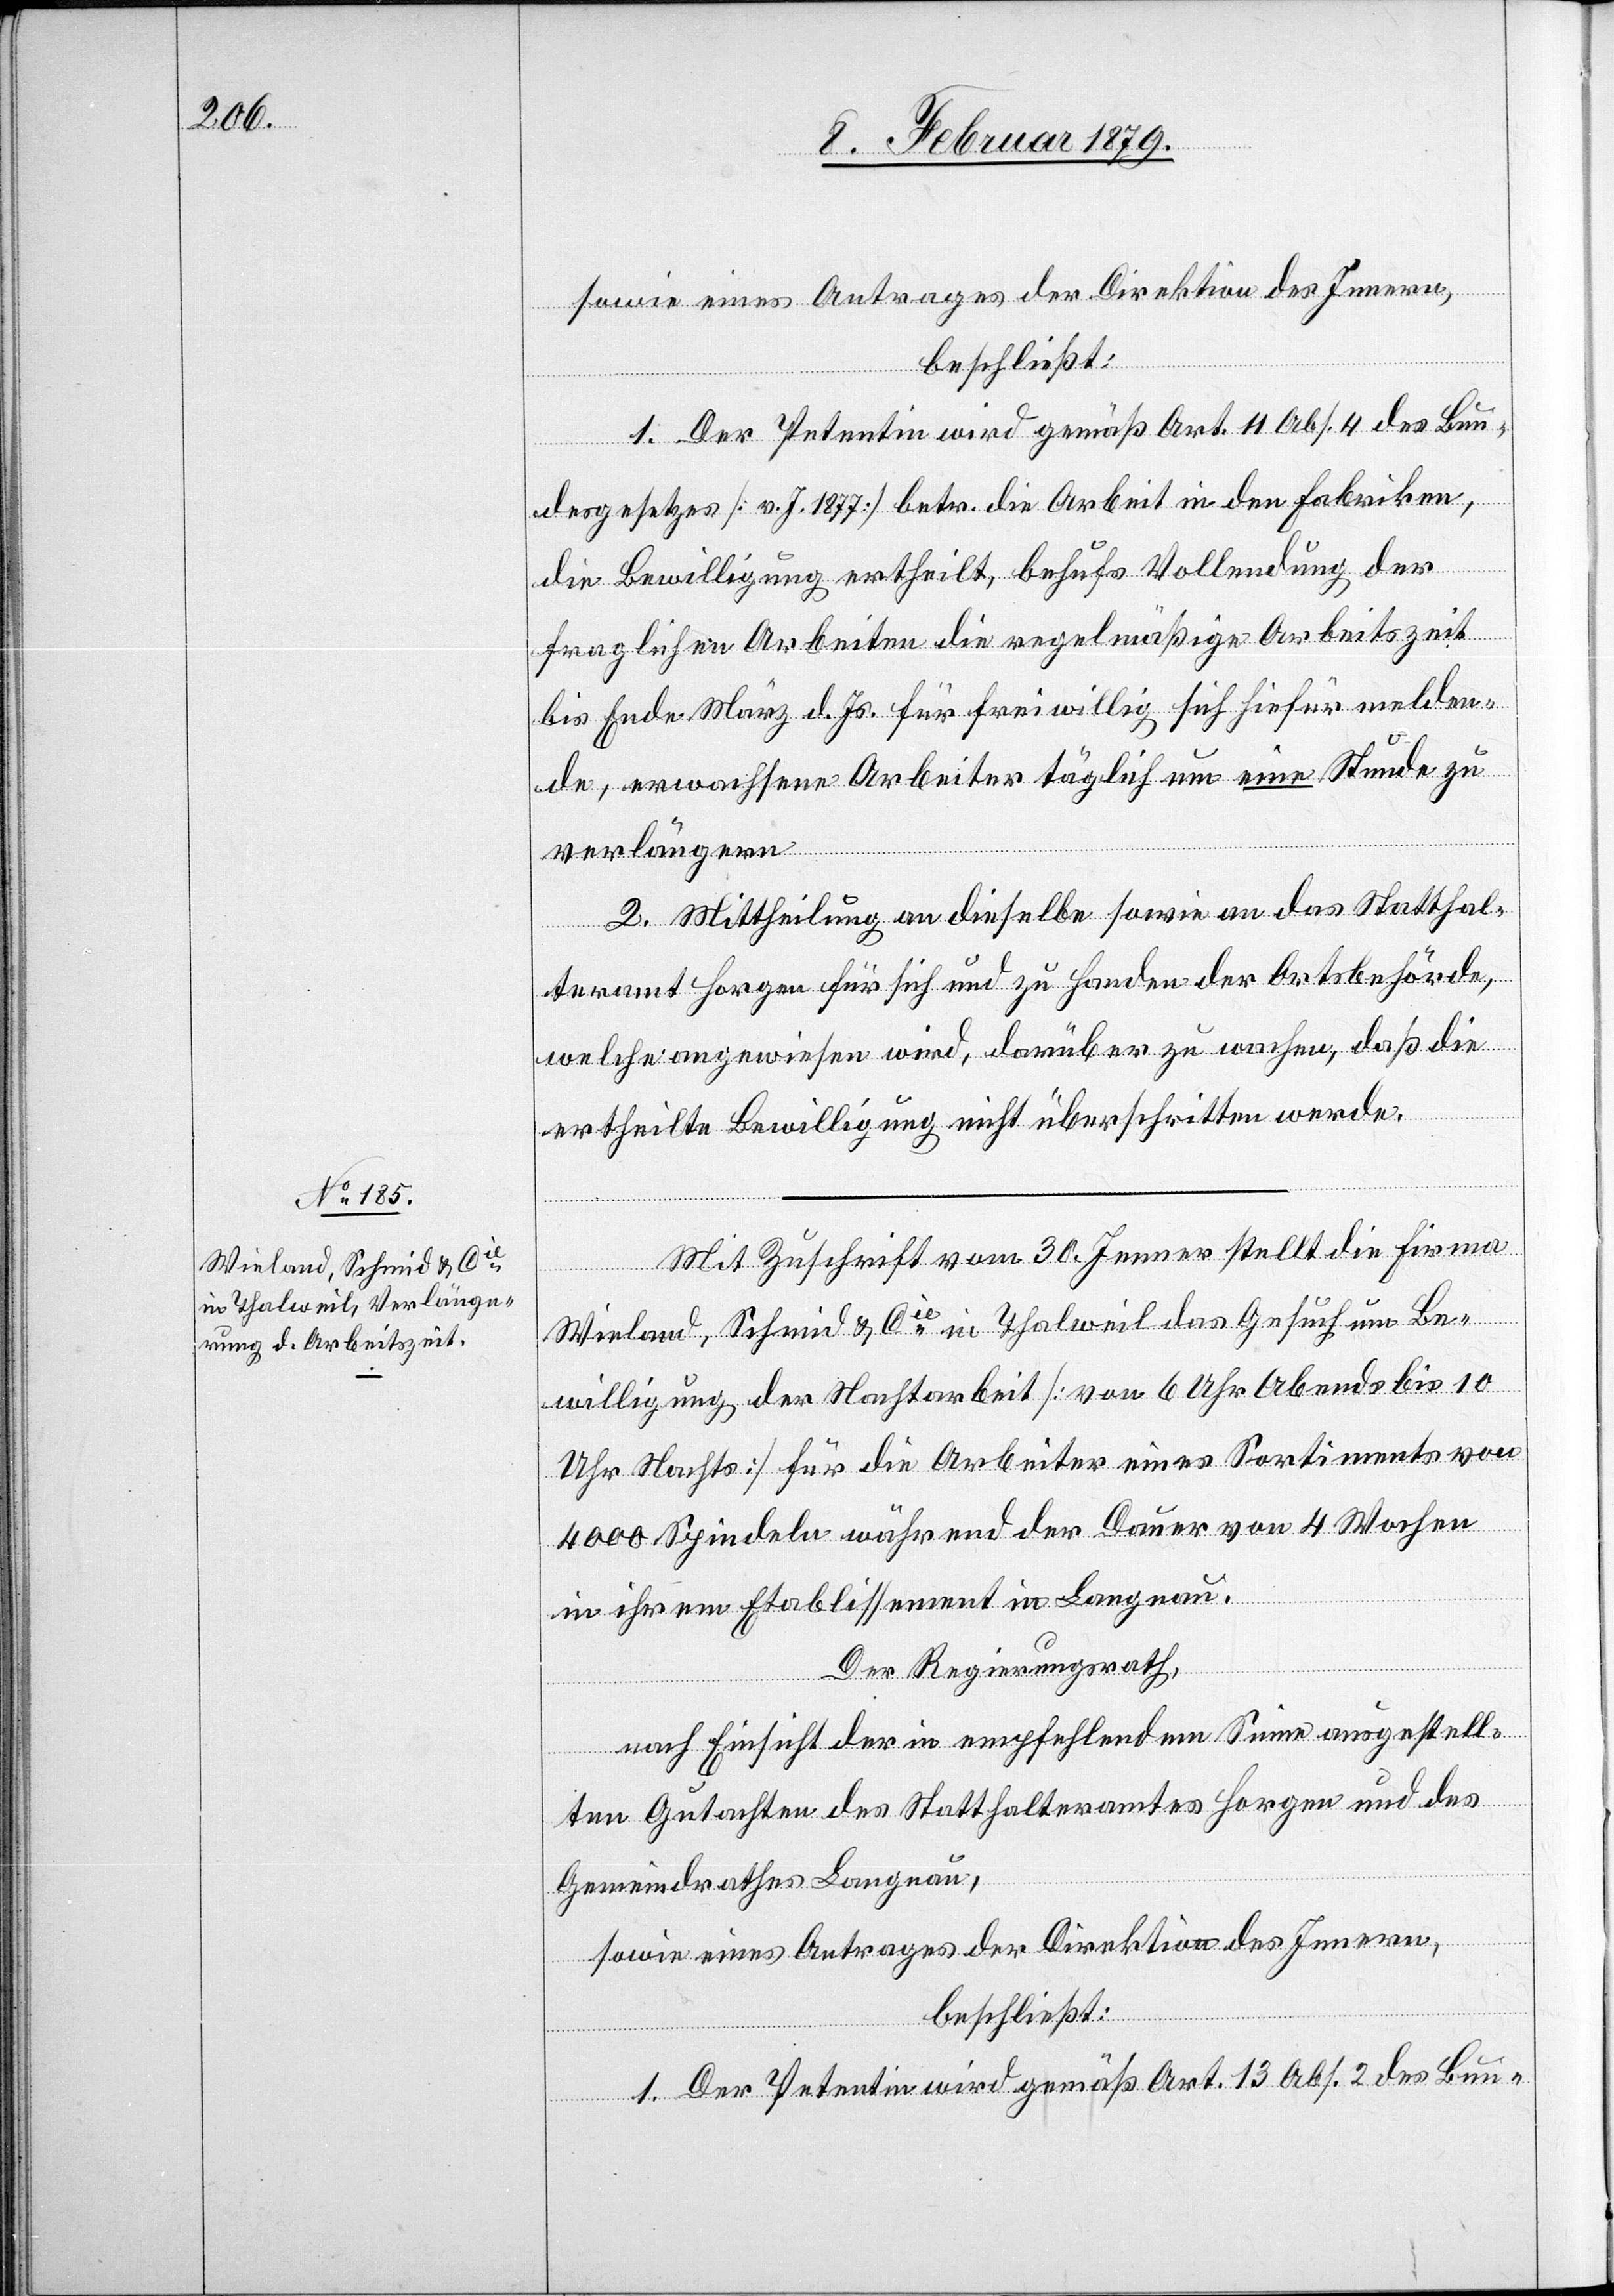
sowie eines Antrages der Direktion des Innern,
beschließt:
1. Der Petentin wird gemäß Art. 11 Abs. 4 des Bun¬
desgesetzes [v. J. 1877] betr. die Arbeit in den Fabriken,
die Bewilligung ertheilt, behufs Vollendung der
fraglichen Arbeiten die regelmäßige Arbeitszeit
bis Ende März d. Js. für freiwillig sich hiefür melden¬
de, erwachsene Arbeiter täglich um eine Stunde zu
verlängern.
2. Mittheilung an dieselbe sowie an das Statthal¬
teramt Horgen für sich und zu Handen der Ortsbehörde,
welche angewiesen wird, darüber zu wachen, daß die
ertheilte Bewilligung nicht überschritten werde.
Mit Zuschrift vom 30. Jenner stellt die Firma
Wieland, Schmid & Cie in Thalweil das Gesuch um Be¬
willigung der Nachtarbeit [von 6 Uhr Abdends bis 10
Uhr Nachts] für die Arbeiter eines Sortiments von
4000 Spindeln während der Dauer von 4 Wochen
in ihrem Etablissement in Langnau.
Der Regierungsrath,
nach Einsicht der in empfehlendem Sinne ausgestell¬
ten Gutachten des Statthalteramtes Horgen und des
Gemeindrathes Langnau,
sowie eines Antrages der Direktion des Innern,
beschließt:
1. Der Petentin wird gemäß Art. 13 Abs. 2 des Bun-